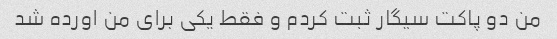
من دو پاکت سیگار ثبت کردم و فقط یکی برای من اورده شد